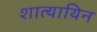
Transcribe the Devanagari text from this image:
शात्यायिन